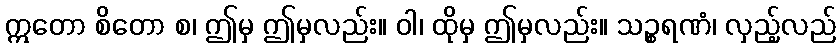
ဣတော စိတော စ၊ ဤမှ ဤမှလည်း။ ဝါ၊ ထိုမှ ဤမှလည်း။ သဉ္စရဏံ၊ လှည့်လည်